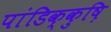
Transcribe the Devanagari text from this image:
पांडिक्कुष़ि